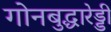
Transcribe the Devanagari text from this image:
गोनबुद्धारेड्डी